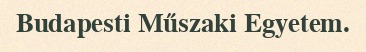
Budapesti Műszaki Egyetem.